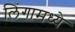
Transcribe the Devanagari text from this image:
लिंगामध्ये